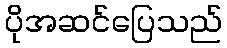
ပိုအဆင်ပြေသည်